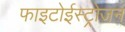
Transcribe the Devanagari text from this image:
फाइटोईस्ट्रोजन